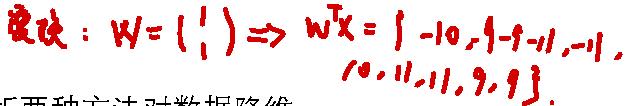
变换：$W = \left( \begin{array}{l} 1 \\ 1 \end{array} \right) \Rightarrow W^T X = \{ -10, 1 - 1 - 1, -1, 10, 11, 11, 9, 9 \}$。 两种方法对数据降维